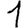
Digit: 1